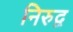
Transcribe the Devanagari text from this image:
निरुद्व